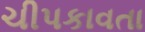
ચીપકાવતા